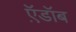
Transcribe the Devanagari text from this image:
ऍ़डॉब